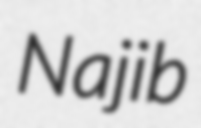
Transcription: Najib